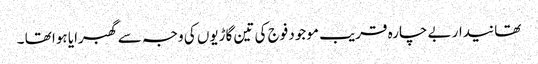
تھانیدار بے چارہ قریب موجود فوج کی تین گاڑیوں کی وجہ سے گھبرایا ہوا تھا ۔